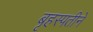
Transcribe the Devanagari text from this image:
बृहस्पतीने